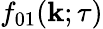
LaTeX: f_{01}({\mathbf{k}};\tau)